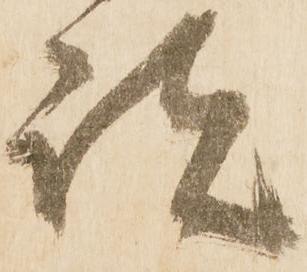
諸